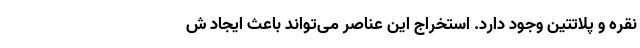
نقره و پلاتتین وجود دارد. استخراج این عناصر می‌تواند باعث ایجاد ش